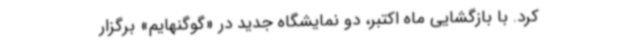
کرد. با بازگشایی ماه اکتبر، دو نمایشگاه جدید در «گوگنهایم» برگزار